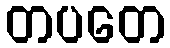
တပတေ